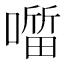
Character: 𭋖